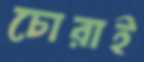
চোরাই